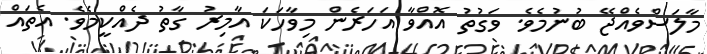
މާލަސްވެއްޖޭ ބުނުމެވެ. ވަގުތު އޮއްވާ އަހަރެން މިވާހަކަ އާމިރު ގާތު ދެއްކީމެވެ. އެތައް